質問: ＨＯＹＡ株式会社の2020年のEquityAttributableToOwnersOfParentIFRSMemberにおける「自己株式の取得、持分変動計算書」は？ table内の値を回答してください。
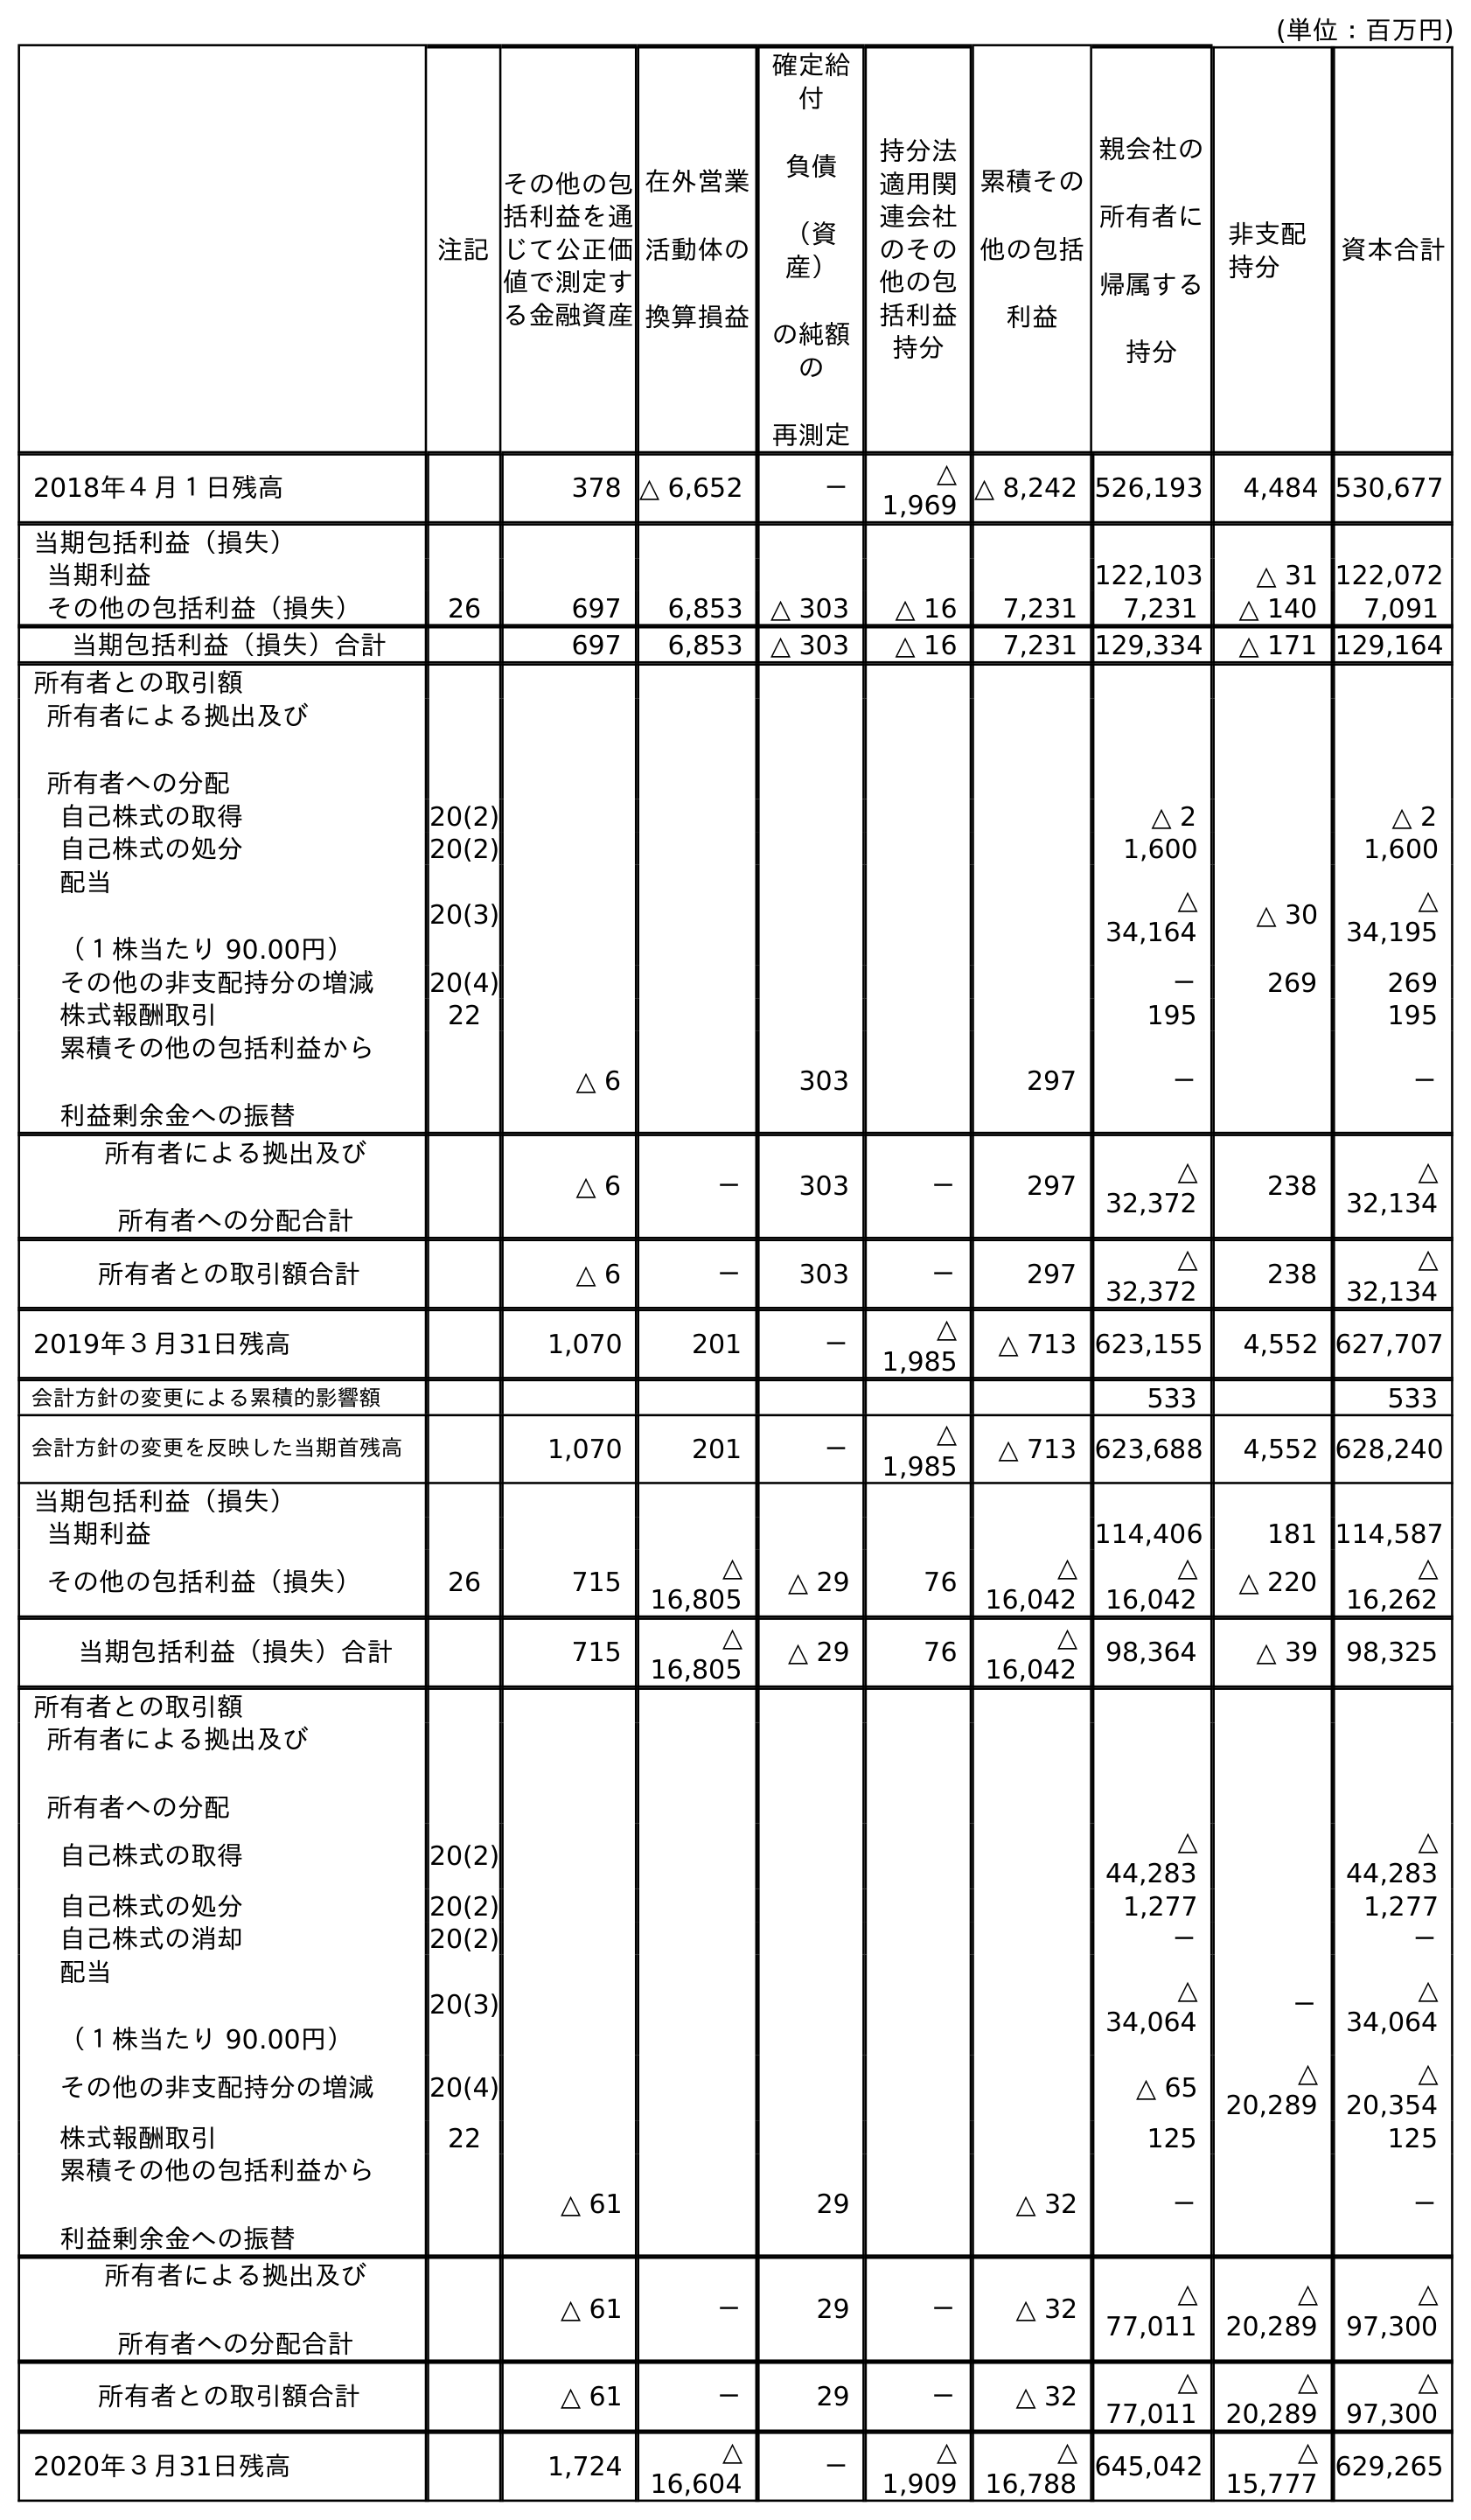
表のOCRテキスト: (単位：百万円) 注記 親会社の 所有者に 帰属する 持分 非支配 持分 資本合計 その他の包 括利益を通 じて公正価 値で測定す る金融資産 在外営業 活動体の 換算損益 確定給 付 負債 （資 産） の純額 の 再測定 持分法 適用関 連会社 のその 他の包 括利益 持分 累積その 他の包括 利益 2018年４月１日残高 378 △ 6,652 － △ 1,969 △ 8,242 526,193 4,484 530,677 当期包括利益（損失） 当期利益 122,103 △ 31 122,072 その他の包括利益（損失） 26 697 6,853 △ 303 △ 16 7,231 7,231 △ 140 7,091 当期包括利益（損失）合計 697 6,853 △ 303 △ 16 7,231 129,334 △ 171 129,164 所有者との取引額 所有者による拠出及び 所有者への分配 自己株式の取得 20(2) △ 2 △ 2 自己株式の処分 20(2) 1,600 1,600 配当 （１株当たり 90.00円） 20(3) △ 34,164 △ 30 △ 34,195 その他の非支配持分の増減 20(4) － 269 269 株式報酬取引 22 195 195 累積その他の包括利益から 利益剰余金への振替 △ 6 303 297 － － 所有者による拠出及び 所有者への分配合計 △ 6 － 303 － 297 △ 32,372 238 △ 32,134 所有者との取引額合計 △ 6 － 303 － 297 △ 32,372 238 △ 32,134 2019年３月31日残高 1,070 201 － △ 1,985 △ 713 623,155 4,552 627,707 会計方針の変更による累積的影響額 533 533 会計方針の変更を反映した当期首残高 1,070 201 － △ 1,985 △ 713 623,688 4,552 628,240 当期包括利益（損失） 当期利益 114,406 181 114,587 その他の包括利益（損失） 26 715 △ 16,805 △ 29 76 △ 16,042 △ 16,042 △ 220 △ 16,262 当期包括利益（損失）合計 715 △ 16,805 △ 29 76 △ 16,042 98,364 △ 39 98,325 所有者との取引額 所有者による拠出及び 所有者への分配 自己株式の取得 20(2) △ 44,283 △ 44,283 自己株式の処分 20(2) 1,277 1,277 自己株式の消却 20(2) － － 配当 （１株当たり 90.00円） 20(3) △ 34,064 － △ 34,064 その他の非支配持分の増減 20(4) △ 65 △ 20,289 △ 20,354 株式報酬取引 22 125 125 累積その他の包括利益から 利益剰余金への振替 △ 61 29 △ 32 － － 所有者による拠出及び 所有者への分配合計 △ 61 － 29 － △ 32 △ 77,011 △ 20,289 △ 97,300 所有者との取引額合計 △ 61 － 29 － △ 32 △ 77,011 △ 20,289 △ 97,300 2020年３月31日残高 1,724 △ 16,604 － △ 1,909 △ 16,788 645,042 △ 15,777 629,265
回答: △44,283